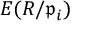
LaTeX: E ( R / { \mathfrak { p } } _ { i } )